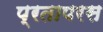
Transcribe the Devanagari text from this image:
प्रतापरस